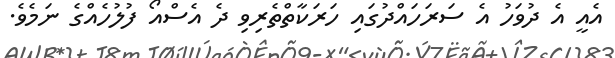
އެއީ އެ ދުވަހު އެ ސަރަހައްދުގައި ހަރަކާތްތެރިވި ދެ އެސްއޯ ފުލުހެއްގެ ނަމެވެ.